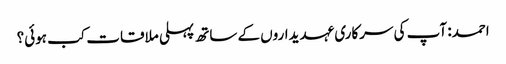
احمد: آپ کی سرکاری عہدیداروں کے ساتھ پہلی ملاقات کب ہوئی؟